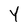
Character: Y